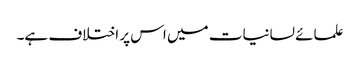
علمائے لسانیات میں اس پر اختلاف ہے۔